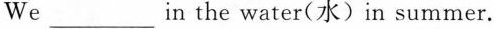
We___n the water(水)in summer.